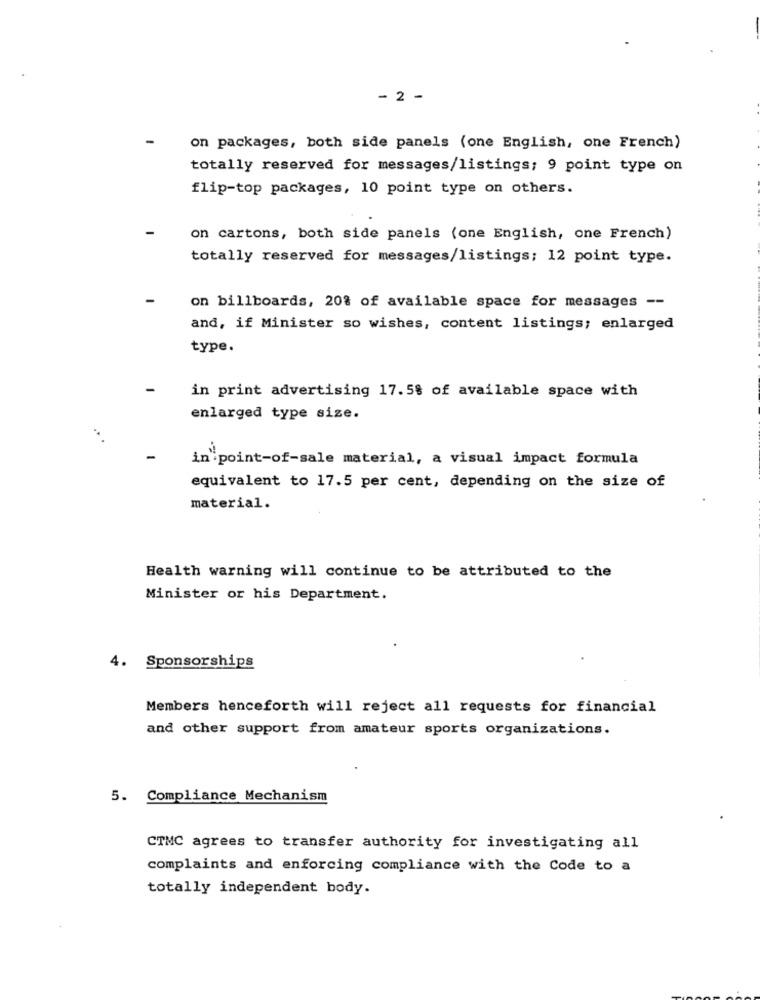
- 2 -
on packages, both side panels (one English, one French)
totally reserved for messages/listings; 9 point type on
flip-top packages, 10 point type on others.
on cartons, both side panels (one English, one French)
totally reserved for messages/listings; 12 point type.
on billboards, 20% of available space for messages --
and, if Minister so wishes, content listings; enlarged
type.
in print advertising 17.5% of available space with
enlarged type size.
in point-of-sale material, a visual impact formula
equivalent to 17.5 per cent, depending on the size of
material.
Health warning will continue to be attributed to the
Minister or his Department.
4. Sponsorships
Members henceforth will reject all requests for financial
and other support from amateur sports organizations.
5. Compliance Mechanism
CTMC agrees to transfer authority for investigating all
complaints and enforcing compliance with the Code to a
totally independent body.